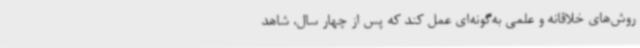
روش‌های خلاقانه و علمی به‌گونه‌ای عمل کند که پس از چهار سال، شاهد